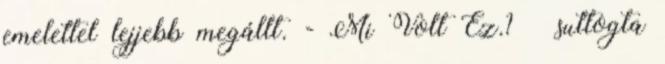
emelettel lejjebb megállt. - Mi Volt Ez.? – suttogta